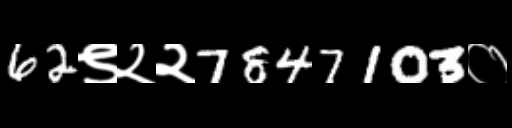
Text: 62९२२7847103०